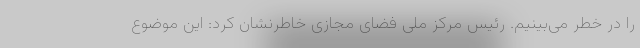
را در خطر می‌بینیم. رئیس مرکز ملی فضای مجازی خاطرنشان کرد: این موضوع